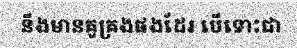
នឹងមានគូគ្រងផងដែរ បើទោះជា